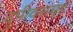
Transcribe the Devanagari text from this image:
द्पीवसमूह